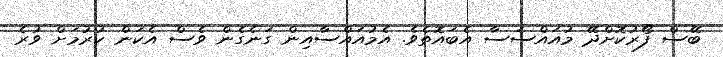
ބޭސް ފޯރުކޮށްދޭ މުއައްސަސާ އެބައޮތެވެ. އެމުއައްސާއިން ގަނެގެން ވެސް އެކަން ކުރުމަށް ވުރެ